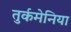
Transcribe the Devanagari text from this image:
तुर्कमेनिया